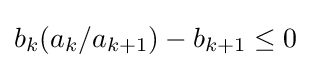
b_{k}(a_{k}/a_{k+1})-b_{k+1}\leq 0